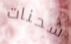
شحنات